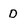
Character: D